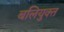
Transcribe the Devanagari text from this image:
बलियुक्त